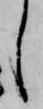
し